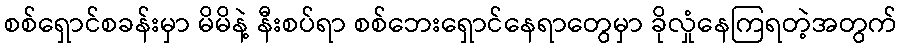
စစ်ရှောင်စခန်းမှာ မိမိနဲ့ နီးစပ်ရာ စစ်ဘေးရှောင်နေရာတွေမှာ ခိုလှုံနေကြရတဲ့အတွက်